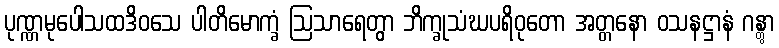
ပုဏ္ဏမုပေါသထဒိဝသေ ပါတိမောက္ခံ ဩသာရေတွာ ဘိက္ခုသံဃပရိဝုတော အတ္တနော ဝသနဋ္ဌာနံ ဂန္တွာ